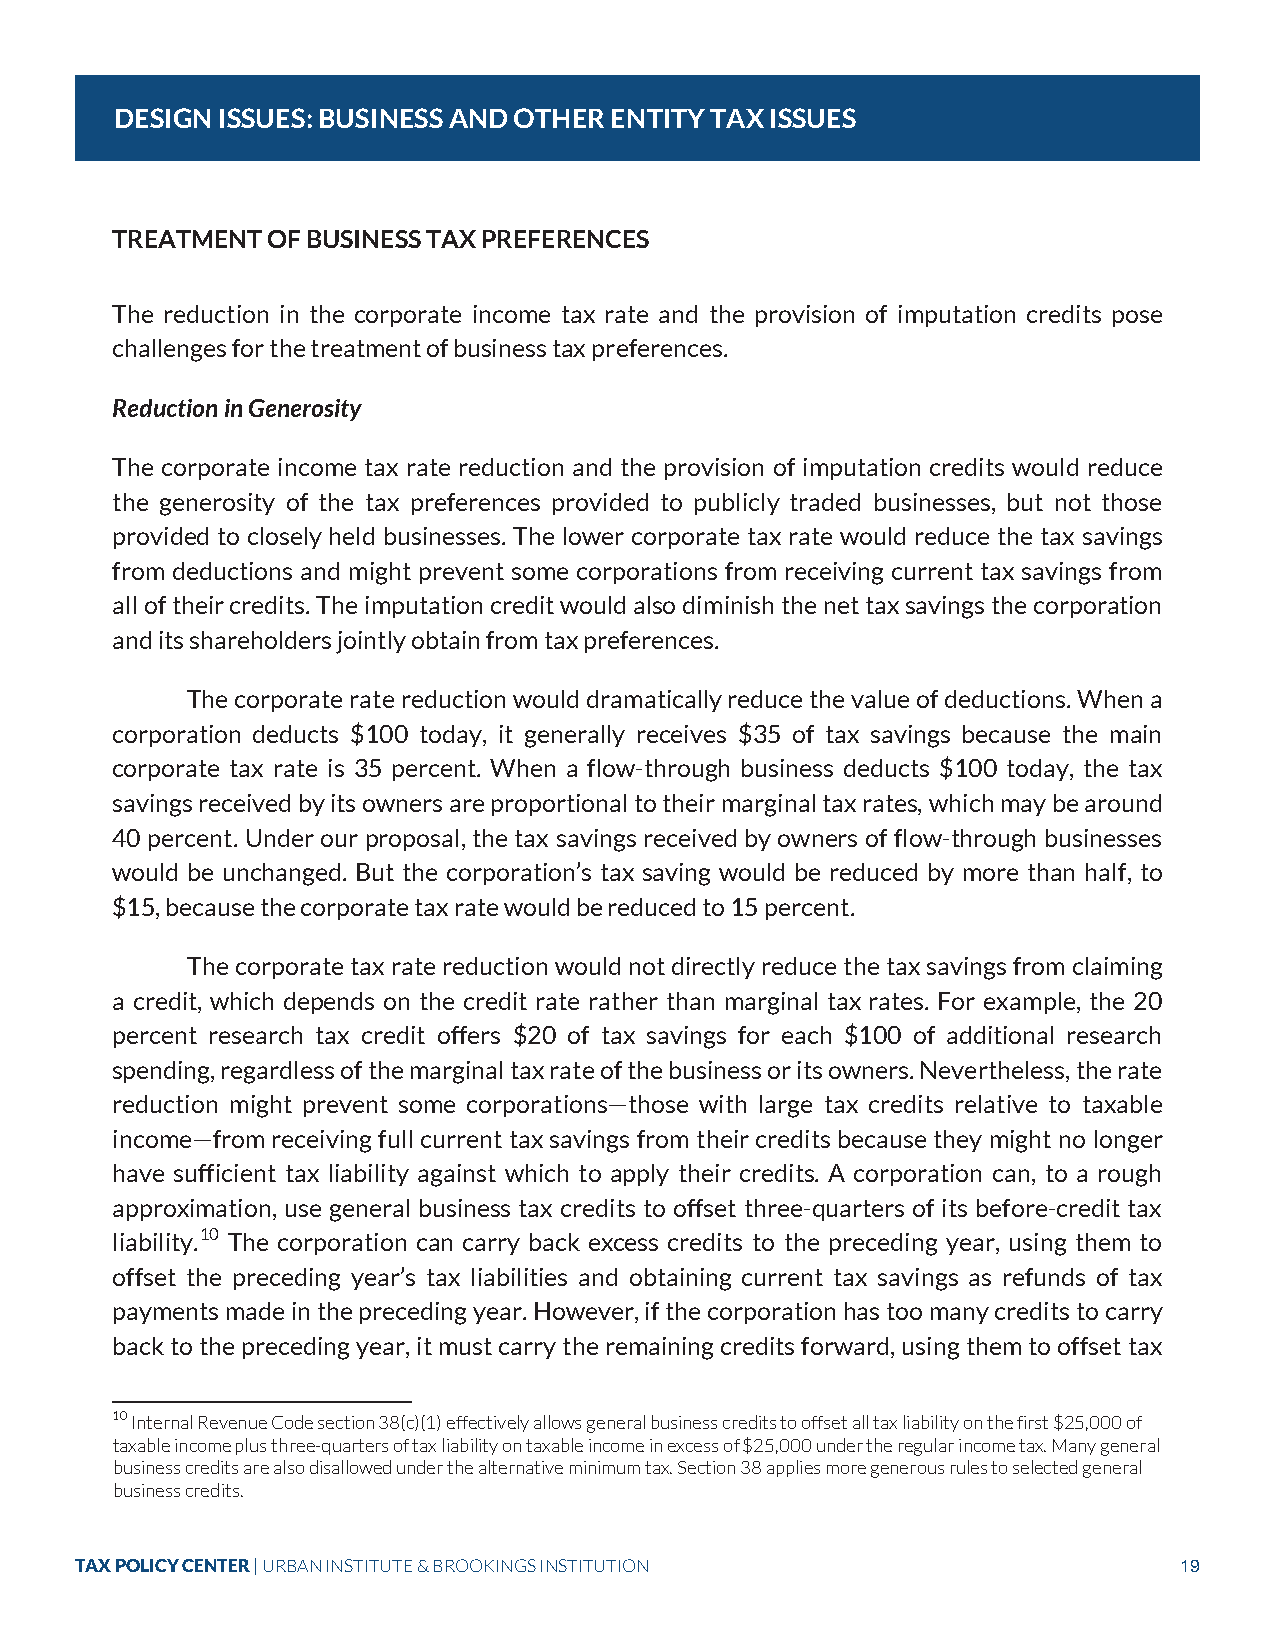
DESIGN ISSUES: BUSINESS AND OTHER ENTITY TAX ISSUES
 TREATMENT  OF BUSINESS TAX PREFERENCES
 The reduction in the corporate income tax rate and the provision of imputation credits pose
 challenges for the treatment of business tax preferences.
 Reduction in Generosity
 The corporate income tax rate reduction and the provision of imputation credits would reduce
 the generosity of the tax preferences provided to publicly traded businesses, but not those
 provided to closely held businesses. The lower corporate tax rate would reduce the tax savings
 from deductions and might prevent some corporations from receiving current tax savings from
 all of their credits. The imputation credit would also diminish the net tax savings the corporation
 and its shareholders jointly obtain from tax preferences.
 The corporate rate reduction would dramatically reduce the value of deductions. When a
 corporation deducts $100 today, it generally receives $35 of tax savings because the main
 corporate tax rate is 35 percent. When a flow-through business deducts $100 today, the tax
 savings received by its owners are proportional to their marginal tax rates, which may be around
 40 percent. Under our proposal, the tax savings received by owners of flow-through businesses
 would be unchanged. But the corporation’s tax saving would be reduced by more than half, to
 $15, because the corporate tax rate would be reduced to 15 percent.
 The corporate tax rate reduction would not directly reduce the tax savings from claiming
 a credit, which depends on the credit rate rather than marginal tax rates. For example, the 20
 percent research tax credit offers $20 of tax savings for each $100 of additional research
 spending, regardless of the marginal tax rate of the business or its owners. Nevertheless, the rate
 reduction might prevent some corporations—those with large tax credits relative to taxable
 income—from receiving full current tax savings from their credits because they might no longer
 have sufficient tax liability against which to apply their credits. A corporation can, to a rough
 approximation, use general business tax credits to offset three-quarters of its before-credit tax
 liability.10 The corporation can carry back excess credits to the preceding year, using them to
 offset the preceding year’s tax liabilities and obtaining current tax savings as refunds of tax
 payments made in the preceding year. However, if the corporation has too many credits to carry
 back to the preceding year, it must carry the remaining credits forward, using them to offset tax
 10 Internal Revenue Code section 38(c)(1) effectively allows general business credits to offset all tax liability on the first $25,000 of
 taxable income plus three-quarters of tax liability on taxable income in excess of $25,000 under the regular income tax. Many general
 business credits are also disallowed under the alternative minimum tax. Section 38 applies more generous rules to selected general
 business credits.
 TAX POLICY CENTER | URBAN INSTITUTE & BROOKINGS INSTITUTION              19